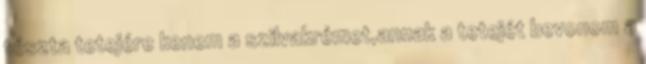
tészta tetejére kenem a szilvakrémet,annak a tetejét bevonom a